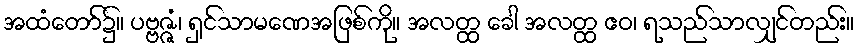
အထံတော်၌။ ပဗ္ဗဇ္ဇံ၊ ရှင်သာမဏေအဖြစ်ကို။ အလတ္ထ ခေါ အလတ္ထ ဧဝ၊ ရသည်သာလျှင်တည်း။